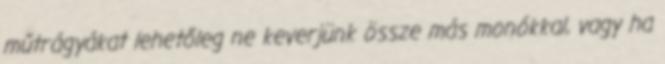
műtrágyákat lehetőleg ne keverjünk össze más monókkal, vagy ha